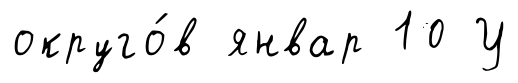
округо́в январ 10 У